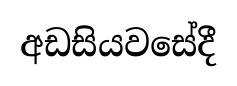
අඩසියවසේදී